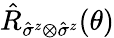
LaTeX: \hat{R}_{{\hat{\sigma}}^{z}\otimes{\hat{\sigma}}^{z}}(\theta)